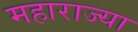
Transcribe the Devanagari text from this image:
महाराज्या